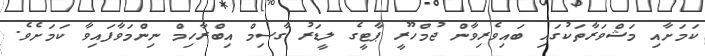
ކަމަށާއި މަޝްވަރާތަކުގައި ބައިވެރިވާން ޖުމްހޫރީ ޕާޓީގެ ލީޑަރު ގާސިމް އިބްރާހިމް ނިންމަވާފައިވާ ކަމަށެވެ.